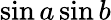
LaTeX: \sin a\sin b